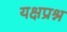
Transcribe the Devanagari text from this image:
यक्षप्रश्न